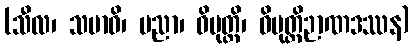
(သီလ၊ သမာဓိ၊ ပညာ၊ ဝိမုတ္တိ၊ ဝိမုတ္တိဉာဏဒဿန)